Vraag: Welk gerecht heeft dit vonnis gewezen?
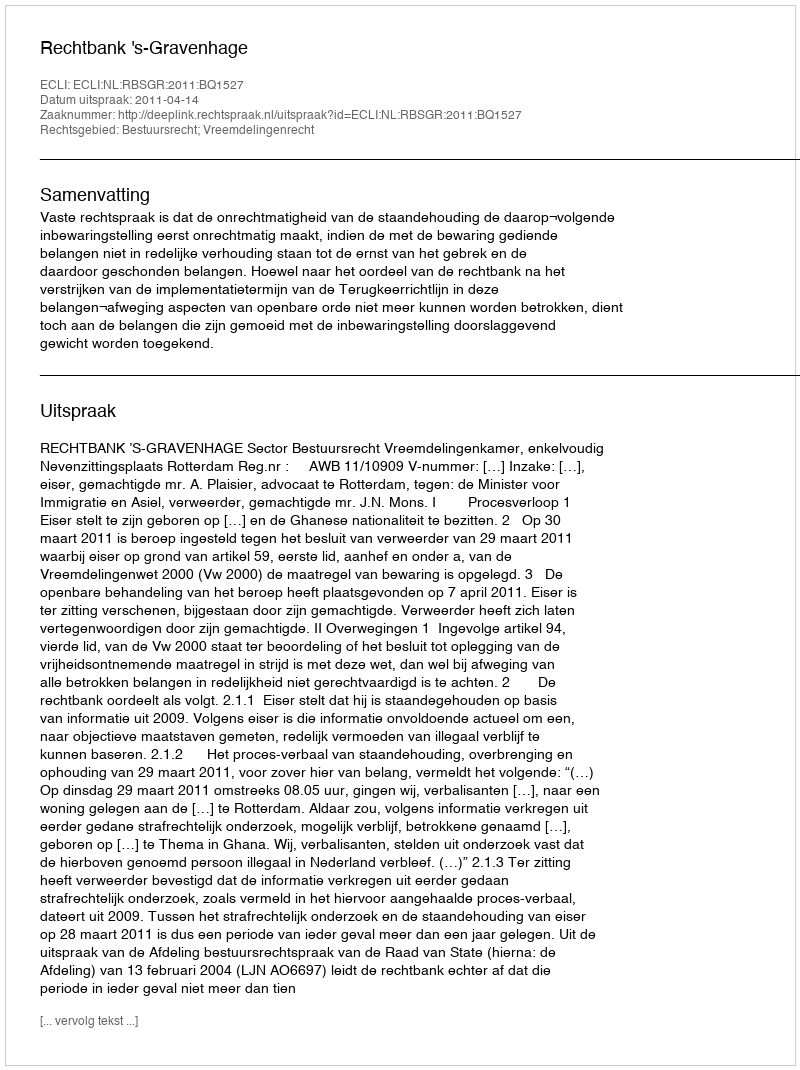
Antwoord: Rechtbank 's-Gravenhage